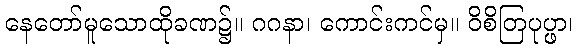
နေတော်မူသောထိုခဏ၌။ ဂဂနာ၊ ကောင်းကင်မှ။ ဝိစိတြပုပ္ဖာ၊